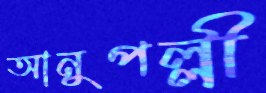
আনুপল্লী